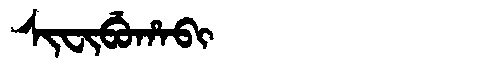
Manchu: ᠰᡳᠸᡳᠪᡠᡥᠠᠪᡳ
Romanization: SIFIBUHABI